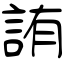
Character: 詴